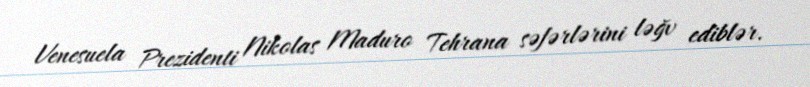
Venesuela Prezidenti Nikolas Maduro Tehrana səfərlərini ləğv ediblər.